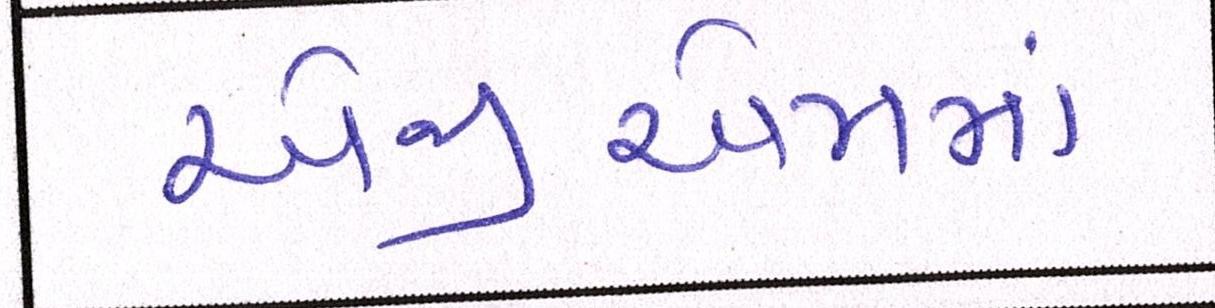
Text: એજીએમમાં